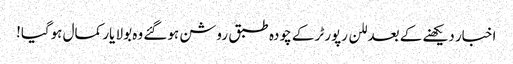
اخبار دیکھنے کے بعد للن رپورٹر کے چودہ طبق روشن ہوگئے وہ بولا یار کمال ہوگیا!